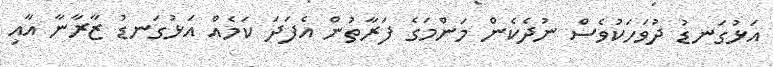
އަޅުގަނޑު ދުވަހަކުވެސް ނުދެކެން މަންމަގެ ފަރާތުން އެފަދަ ކަމެއް އަޅުގަނޑު ޒާރާނާ އާއި